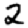
Digit: 2